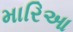
મારિઆ